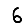
Digit: 6